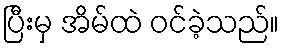
ပြီးမှ အိမ်ထဲ ဝင်ခဲ့သည်။